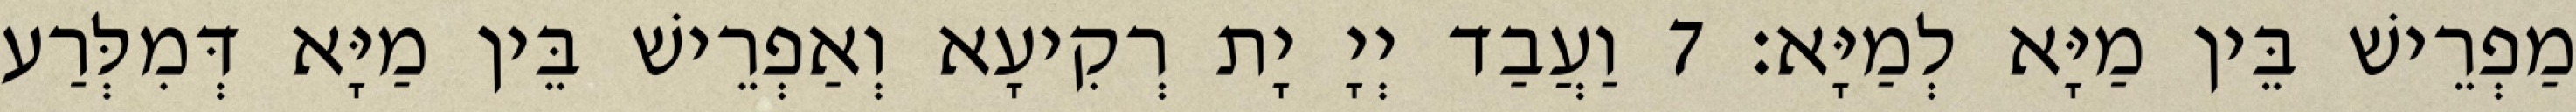
מַפְרֵישׁ בֵּין מַיָּא לְמַיָּא׃ 7 וַעֲבַד יְיָ יָת רְקִיעָא וְאַפְרֵישׁ בֵּין מַיָּא דְּמִלְּרַע